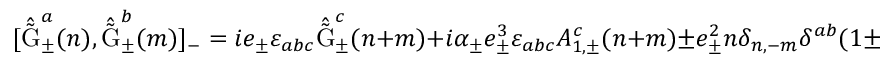
[ \hat { \tilde { \mathrm { G } } } _ { \pm } ^ { a } ( n ) , \hat { \tilde { \mathrm { G } } } _ { \pm } ^ { b } ( m ) ] _ { - } = i e _ { \pm } \varepsilon _ { a b c } \hat { \tilde { \mathrm { G } } } _ { \pm } ^ { c } ( n + m ) + i { \alpha } _ { \pm } e _ { \pm } ^ { 3 } \varepsilon _ { a b c } A _ { 1 , \pm } ^ { c } ( n + m ) \pm e _ { \pm } ^ { 2 } n \delta _ { n , - m } \delta ^ { a b } ( 1 \pm \frac { 4 \pi } { 4 \pi } { L } \alpha _ { \pm } ) .